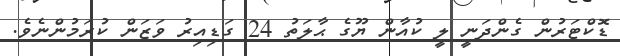
ޑޮކްޓަރުން ގެންދަނީ ލީ ކުއާން ޔޫގެ ޙާލަތު 24 ގަޑިއިރު ވަޒަން ކުރަމުންނެވެ.